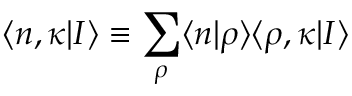
\langle n , \kappa | I \rangle \equiv \sum _ { \rho } \langle n | \rho \rangle \langle \rho , \kappa | I \rangle